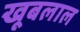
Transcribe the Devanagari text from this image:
खूबलाल